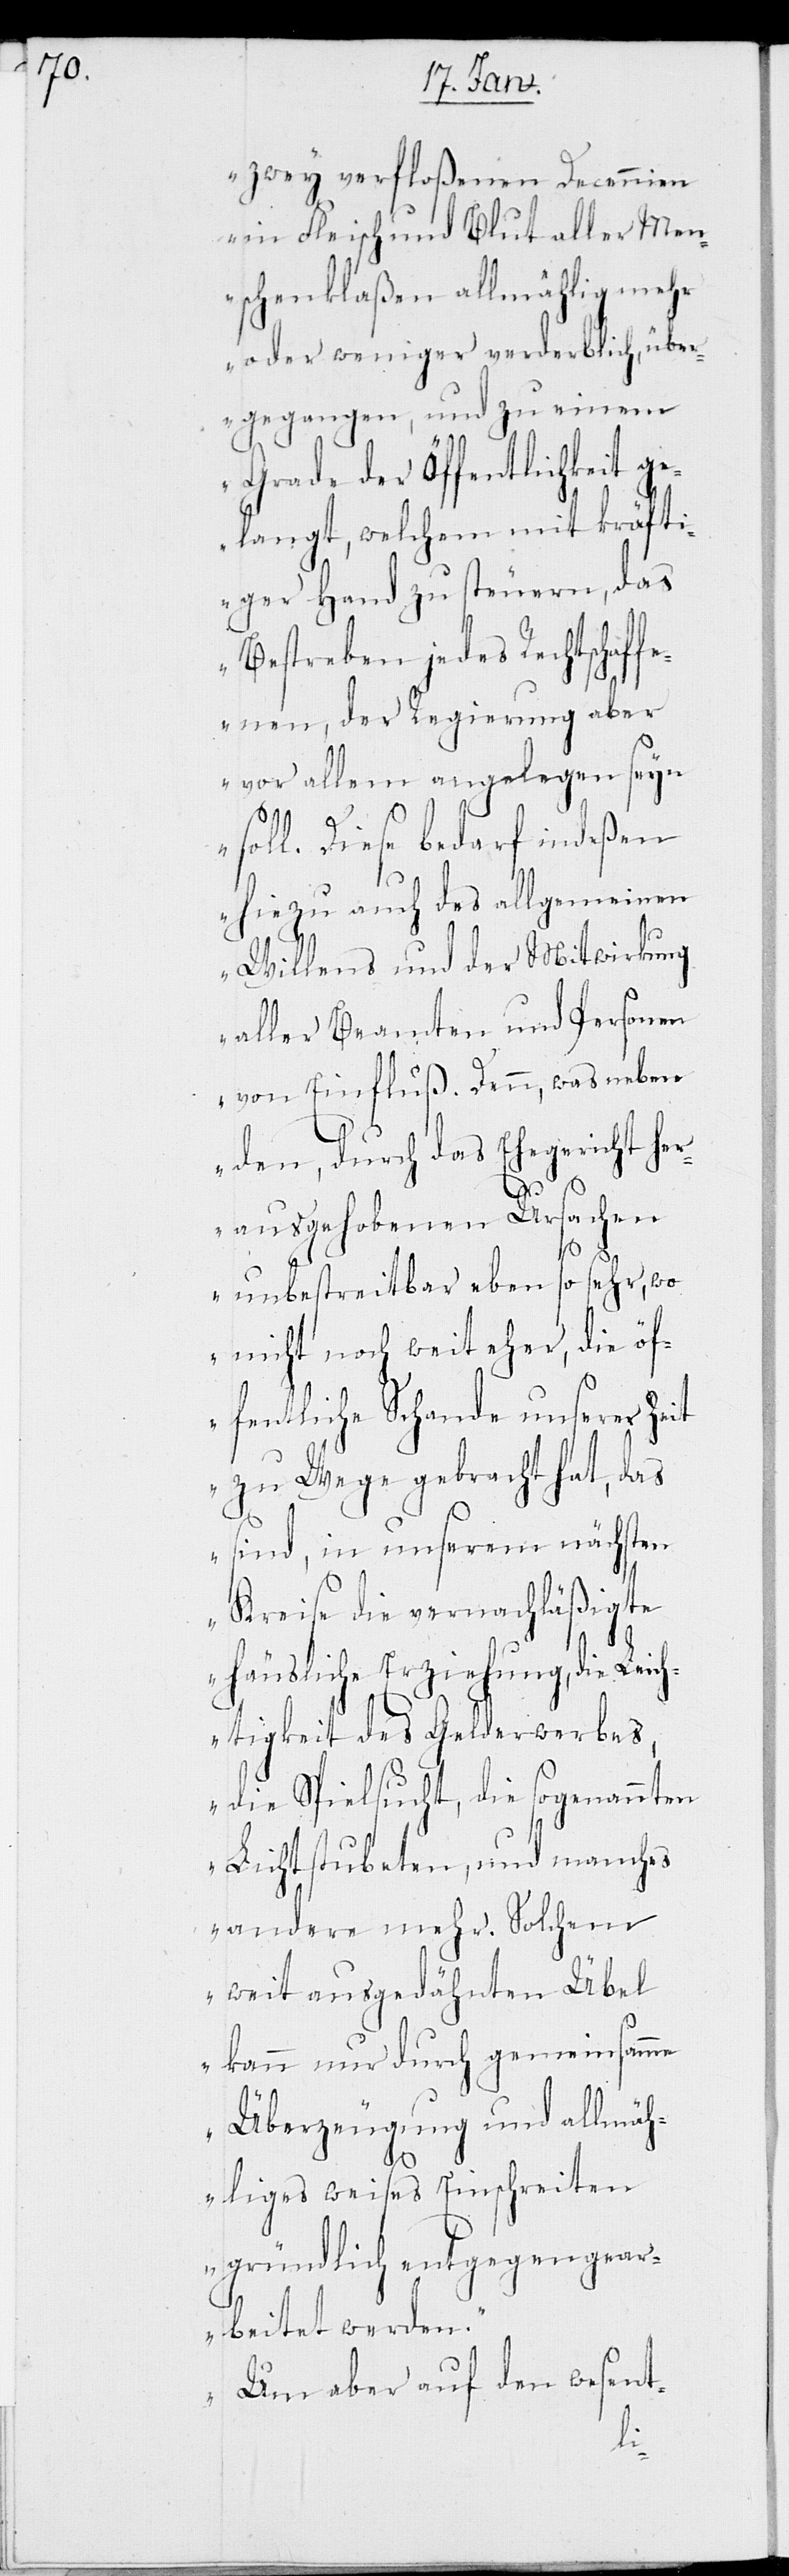
zwey verfloßenen Decennien
in Fleisch und Blut aller Men¬
schenklaßen allmählig mehr
oder weniger verderblich, über¬
gegangen, und zu einem
Grade der Öffentlichkeit ge¬
langt, welchem mit kräfti¬
ger Hand zu steuern, das
Bestreben jedes Rechtschaff¬
enen, der Regierung aber
vor allem angelegen seyn
soll. Diese bedarf indeßen
hiezu auch des allgemeinen
Willens und der Mitwirkung
aller Beamten und Personen
von Einfluß. Denn, was neben
den, durch das Ehegericht her¬
ausgehobenen Ursachen
unbestreitbar eben so sehr, wo
nicht noch weit eher, die öf¬
fentliche Schande unserer Zeit
zu Wege gebracht hat, das
sind, in unserem nächsten
Kreise die vernachläßigte
häusliche Erziehung, die Le¬
ichtigkeit des Gelderwerbes,
die Spielsucht, die sogenannten
Lichtstubeten, und manches
andere mehr. Solchem
weit ausgedähnten Übel
kann nur durch gemeinsame
Überzeugung und allmäh¬
liges weises Einschreiten
gründlich entgegengear¬
beitet werden.
Um aber auf den wesent-